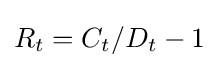
R_{t}=C_{t}/D_{t}-1